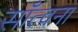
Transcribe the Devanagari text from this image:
साँत्वना